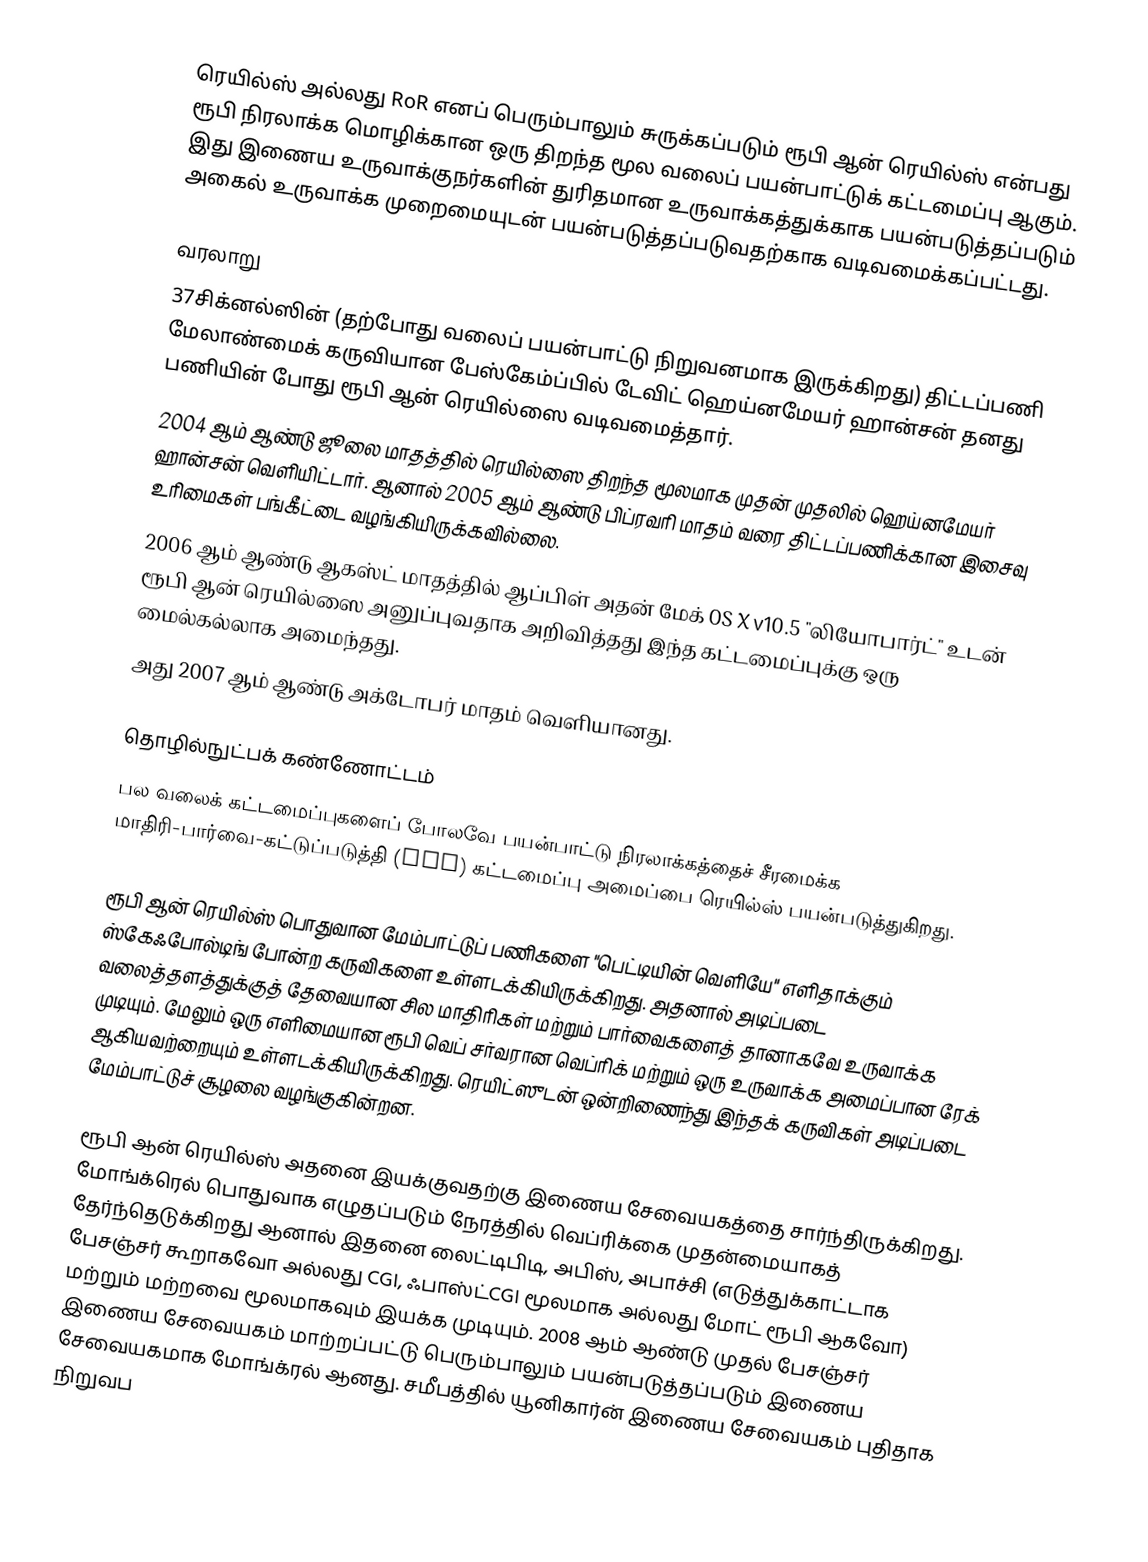
ரெயில்ஸ் அல்லது RoR எனப் பெரும்பாலும் சுருக்கப்படும் ரூபி ஆன் ரெயில்ஸ் என்பது ரூபி நிரலாக்க மொழிக்கான ஒரு திறந்த மூல வலைப் பயன்பாட்டுக் கட்டமைப்பு ஆகும். இது இணைய உருவாக்குநர்களின் துரிதமான உருவாக்கத்துக்காக பயன்படுத்தப்படும் அகைல் உருவாக்க முறைமையுடன் பயன்படுத்தப்படுவதற்காக வடிவமைக்கப்பட்டது.

வரலாறு
37சிக்னல்ஸின் (தற்போது வலைப் பயன்பாட்டு நிறுவனமாக இருக்கிறது) திட்டப்பணி மேலாண்மைக் கருவியான பேஸ்கேம்ப்பில் டேவிட் ஹெய்னமேயர் ஹான்சன் தனது பணியின் போது ரூபி ஆன் ரெயில்ஸை வடிவமைத்தார்.
2004 ஆம் ஆண்டு ஜூலை மாதத்தில் ரெயில்ஸை திறந்த மூலமாக முதன் முதலில் ஹெய்னமேயர் ஹான்சன் வெளியிட்டார். ஆனால் 2005 ஆம் ஆண்டு பிப்ரவரி மாதம் வரை திட்டப்பணிக்கான இசைவு உரிமைகள் பங்கீட்டை வழங்கியிருக்கவில்லை.
2006 ஆம் ஆண்டு ஆகஸ்ட் மாதத்தில் ஆப்பிள் அதன் மேக் OS X v10.5 "லியோபார்ட்" உடன் ரூபி ஆன் ரெயில்ஸை அனுப்புவதாக அறிவித்தது இந்த கட்டமைப்புக்கு ஒரு மைல்கல்லாக அமைந்தது.
அது 2007 ஆம் ஆண்டு அக்டோபர் மாதம் வெளியானது.

தொழில்நுட்பக் கண்ணோட்டம்
பல வலைக் கட்டமைப்புகளைப் போலவே பயன்பாட்டு நிரலாக்கத்தைச் சீரமைக்க மாதிரி-பார்வை-கட்டுப்படுத்தி (MVC) கட்டமைப்பு அமைப்பை ரெயில்ஸ் பயன்படுத்துகிறது.

ரூபி ஆன் ரெயில்ஸ் பொதுவான மேம்பாட்டுப் பணிகளை "பெட்டியின் வெளியே" எளிதாக்கும் ஸ்கேஃபோல்டிங் போன்ற கருவிகளை உள்ளடக்கியிருக்கிறது. அதனால் அடிப்படை வலைத்தளத்துக்குத் தேவையான சில மாதிரிகள் மற்றும் பார்வைகளைத் தானாகவே உருவாக்க முடியும். மேலும் ஒரு எளிமையான ரூபி வெப் சர்வரான வெப்ரிக் மற்றும் ஒரு உருவாக்க அமைப்பான ரேக் ஆகியவற்றையும் உள்ளடக்கியிருக்கிறது. ரெயிட்ஸுடன் ஒன்றிணைந்து இந்தக் கருவிகள் அடிப்படை மேம்பாட்டுச் சூழலை வழங்குகின்றன.

ரூபி ஆன் ரெயில்ஸ் அதனை இயக்குவதற்கு இணைய சேவையகத்தை சார்ந்திருக்கிறது. மோங்க்ரெல் பொதுவாக எழுதப்படும் நேரத்தில் வெப்ரிக்கை முதன்மையாகத் தேர்ந்தெடுக்கிறது ஆனால் இதனை லைட்டிபிடி, அபிஸ், அபாச்சி (எடுத்துக்காட்டாக பேசஞ்சர் கூறாகவோ அல்லது CGI, ஃபாஸ்ட்CGI மூலமாக அல்லது மோட் ரூபி ஆகவோ) மற்றும் மற்றவை மூலமாகவும் இயக்க முடியும். 2008 ஆம் ஆண்டு முதல் பேசஞ்சர் இணைய சேவையகம் மாற்றப்பட்டு பெரும்பாலும் பயன்படுத்தப்படும் இணைய சேவையகமாக மோங்க்ரல் ஆனது. சமீபத்தில் யூனிகார்ன் இணைய சேவையகம் புதிதாக நிறுவப